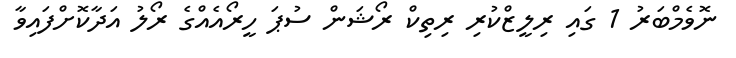
ނޮވެމްބަރު 1 ގައި ރިލީޒްކުރި ރިތިކް ރޯޝަން ސުޕަ ހީރޯއެއްގެ ރޯލު އަދާކޮށްފައިވާ